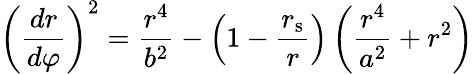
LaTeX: \left({\frac{dr}{d\varphi}}\right)^{2}={\frac{r^{4}}{b^{2}}}-\left(1-{\frac{r_{\mathrm{{s}}}}{r}}\right)\left({\frac{r^{4}}{a^{2}}}+r^{2}\right)